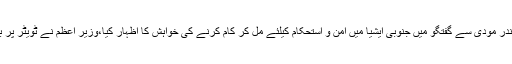
ترجمان دفتر خارجہ کے مطابق وزیر اعظم نے نریندر مودی سے گفتگو میں جنوبی ایشیا میں امن و استحکام کیلئے مل کر کام کرنے کی خواہش کا اظہار کیا،وزیر اعظم نے ٹویٹر پر بھی نریندر مودی کو کامیابی کی مبارکباد دی تھی ۔